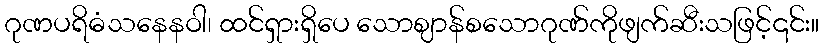
ဂုဏပရိဓံသနေနဝါ၊ ထင်ရှားရှိပေ သောဈာန်စသောဂုဏ်ကိုဖျက်ဆီးသဖြင့်၎င်း။